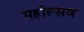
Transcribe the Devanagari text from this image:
महोल्सव